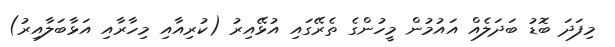
މިފަދަ ބޮޑު ބަދަލެއް އައުމުން މީހުންގެ ތެރޭގައި އުޅޭއިރު (ކުރިއާއި މިހާރާއި އަޅާބަލާއިރު)